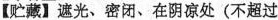
【贮藏】遮光、密闭、在阴凉处(不超过